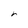
Character: r